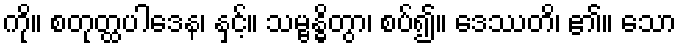
ကို။ စတုတ္ထပါဒေန၊ နှင့်။ သမ္ဗန္ဓိတွာ၊ စပ်၍။ ဒေဿတိ၊ ၏။ သော